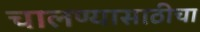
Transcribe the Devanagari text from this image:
चालण्यासाठीचा